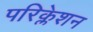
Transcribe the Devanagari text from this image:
परिक्लेशन